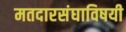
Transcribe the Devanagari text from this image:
मतदारसंघाविषयी